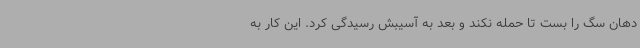
دهان سگ را بست تا حمله نکند و بعد به آسیبش رسیدگی کرد. این کار به